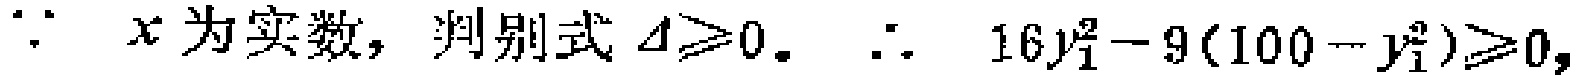
\(\because x\text{ 为实数，判别式 }\Delta\geqslant0。\therefore 16y_{1}^{2}-9(100 - y_{1}^{2})\geqslant0,\)